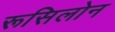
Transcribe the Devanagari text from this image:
रूसिलोन